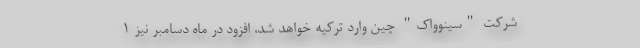
شرکت "سینوواک" چین وارد ترکیه خواهد شد، افزود در ماه دسامبر نیز 1